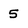
Character: 5